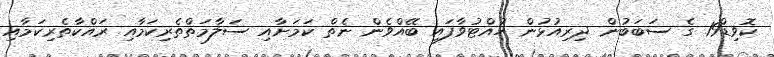
ކޮވިޑް19 ގެ ސަބަބުން ދިރިއުޅުން ހުއްޓުވާފައި ބޭއްވެން ނެތް ކަމަށާއި ސަލާމަތްތެރިކަމާއި ރައްކާތެރިކަމާއި